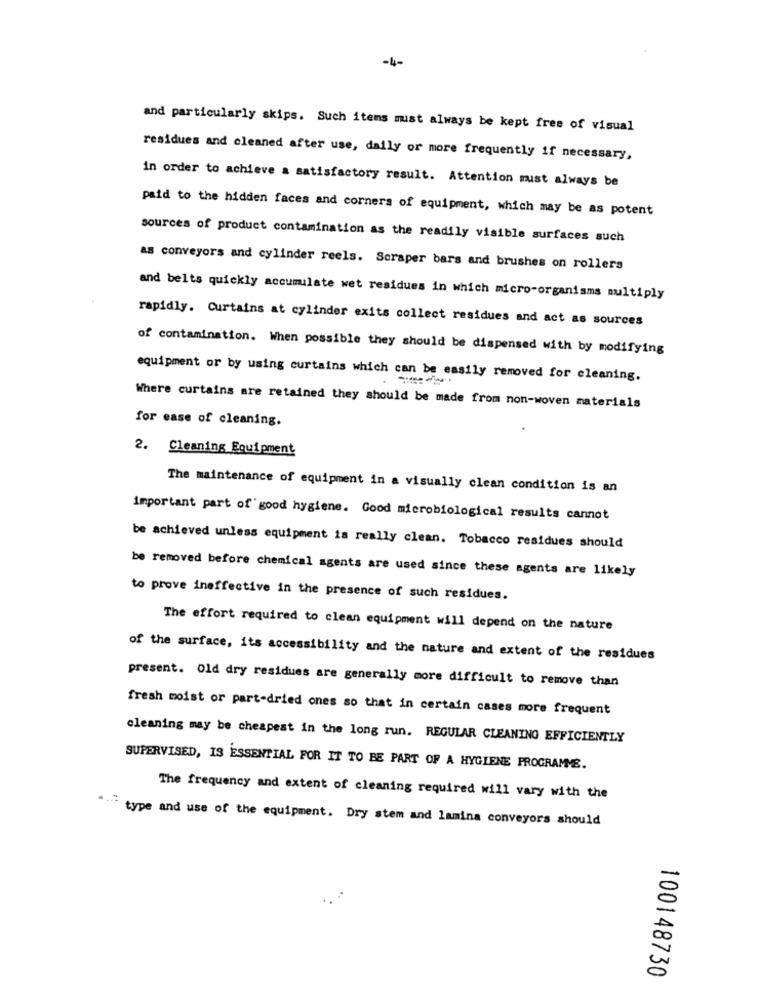
-4-
and particularly skips. Such items must always be kept free of visual
residues and cleaned after use, daily or more frequently if necessary,
in order to achieve a satisfactory result. Attention must always be
paid to the hidden faces and corners of equipment, which may be as potent
sources of product contamination as the readily visible surfaces such
as conveyors and cylinder reels. Scraper bars and brushes on rollers
and belts quickly accumulate wet residues in which micro-organisms multiply
rapidly. Curtains at cylinder exits collect residues and act as sources
of contamination. When possible they should be dispensed with by modifying
equipment or by using curtains which can be easily removed for cleaning.
Where curtains are retained they should be made from non-woven materials
for ease of cleaning.
2. Cleaning Equipment
The maintenance of equipment in a visually clean condition is an
important part of'good hygiene. Good microbiological results cannot
be achieved unless equipment is really clean. Tobacco residues should
be removed before chemical agents are used since these agents are likely
to prove ineffective in the presence of such residues.
The effort required to clean equipment will depend on the nature
of the surface, its accessibility and the nature and extent of the residues
present. Old dry residues are generally more difficult to remove than
fresh moist or part-dried ones so that in certain cases more frequent
cleaning may be cheapest in the long run. REGULAR CLEANING EFFICIENTLY
SUPERVISED, IS ESSENTIAL FOR IT TO BE PART OF A HYGIENE PROGRAMME.
The frequency and extent of cleaning required will vary with the
type and use of the equipment. Dry stem and lamina conveyors should
100148730